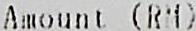
AMOUT (RM)